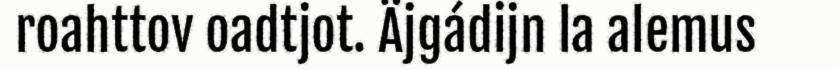
roahttov oadtjot. Äjgádijn la alemus